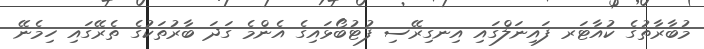
މުބާރާތުގެ ކުއާޓަރ ފައިނަލްގައި އިނގިރޭސި ފުޓުބޯޅައިގެ އެންމެ ގަދަ ބާރުތަކުގެ ތެރޭގައި ހިމެނޭ